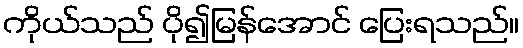
ကိုယ်သည် ပို၍မြန်အောင် ပြေးရသည်။